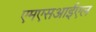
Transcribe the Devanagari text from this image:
एमएसआईएल